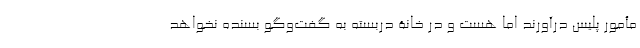
مأمور پلیس درآورند اما هست و در خانۀ در‌بسته به گفت‌و‌گو بسنده نخواهد